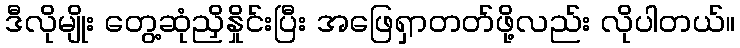
ဒီလိုမျိုး တွေ့ဆုံညှိနှိုင်းပြီး အဖြေရှာတတ်ဖို့လည်း လိုပါတယ်။